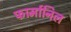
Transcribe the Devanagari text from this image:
फार्मानिल